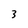
Character: 3